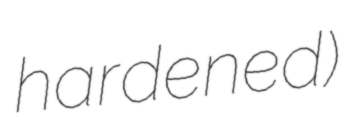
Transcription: hardened)